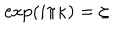
LaTeX: \exp ( i \pi \kappa ) = \zeta .